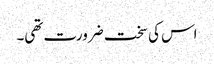
اس کی سخت ضرورت تھی۔